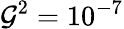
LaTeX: \mathcal{G}^{2}=10^{-7}